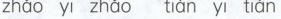
zhāo yī zhāo tiàn yi tián